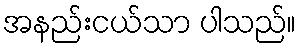
အနည်းငယ်သာ ပါသည်။